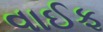
વાઈફ